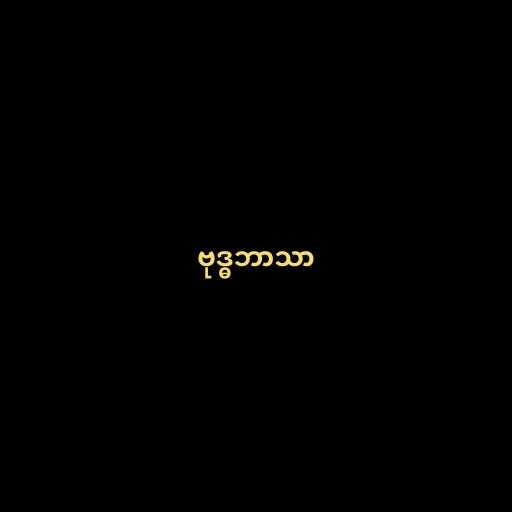
ဗုဒ္ဓဘာသာ